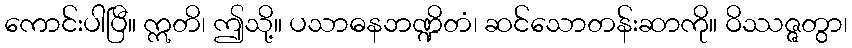
ကောင်းပါပြီ။ ဣတိ၊ ဤသို့။ ပသာဓနဘဏ္ဍိတံ၊ ဆင်သောတန်းဆာကို။ ဝိဿဇ္ဇတွာ၊